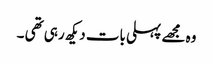
وہ مجھے پہلی بات دیکھ رہی تھی ۔